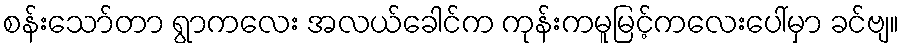
စန်းသော်တာ ရွာကလေး အလယ်ခေါင်က ကုန်းကမူမြင့်ကလေးပေါ်မှာ ခင်ဗျ။